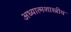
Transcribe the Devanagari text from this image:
अध्यात्मशास्त्रीय